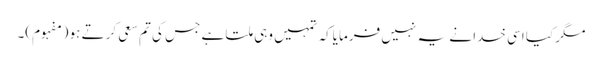
مگر کیا اسی خدا نے یہ نہیں فرمایاکہ تمہیں وہی ملتا ہے جس کی تم سعی کرتے ہو (مفہوم)۔